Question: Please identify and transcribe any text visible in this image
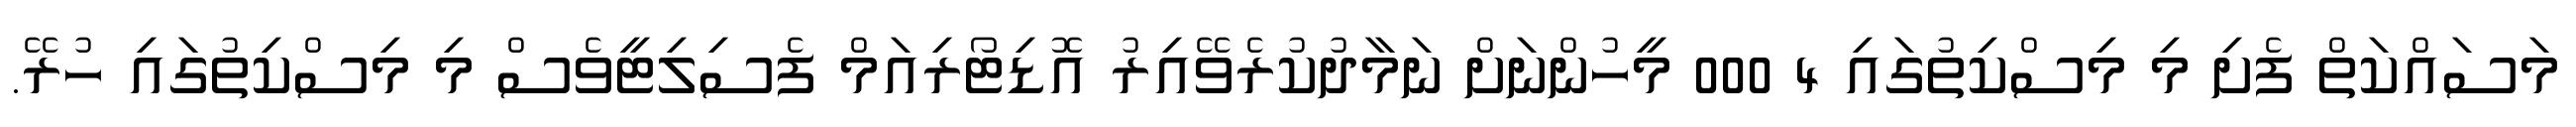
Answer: މަސައްކަތް ފެށި މި މިސްކިތުގައި 4 000 މީހުންނަށް ނަމާދުކުރެވޭއިރު އޮޑިޓޯރިއަމް ފެސިލިޓީވެސް މި މިސްކިތުގައި ހުރޭ.